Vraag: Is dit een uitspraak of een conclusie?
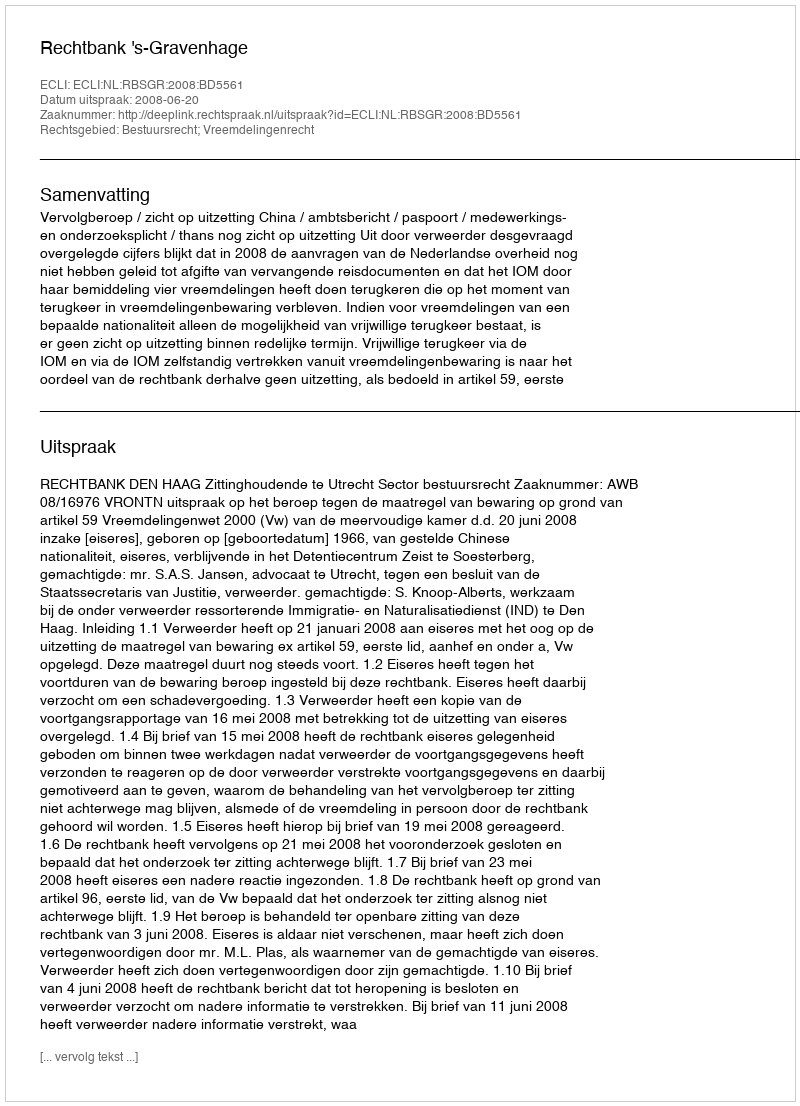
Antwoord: Uitspraak